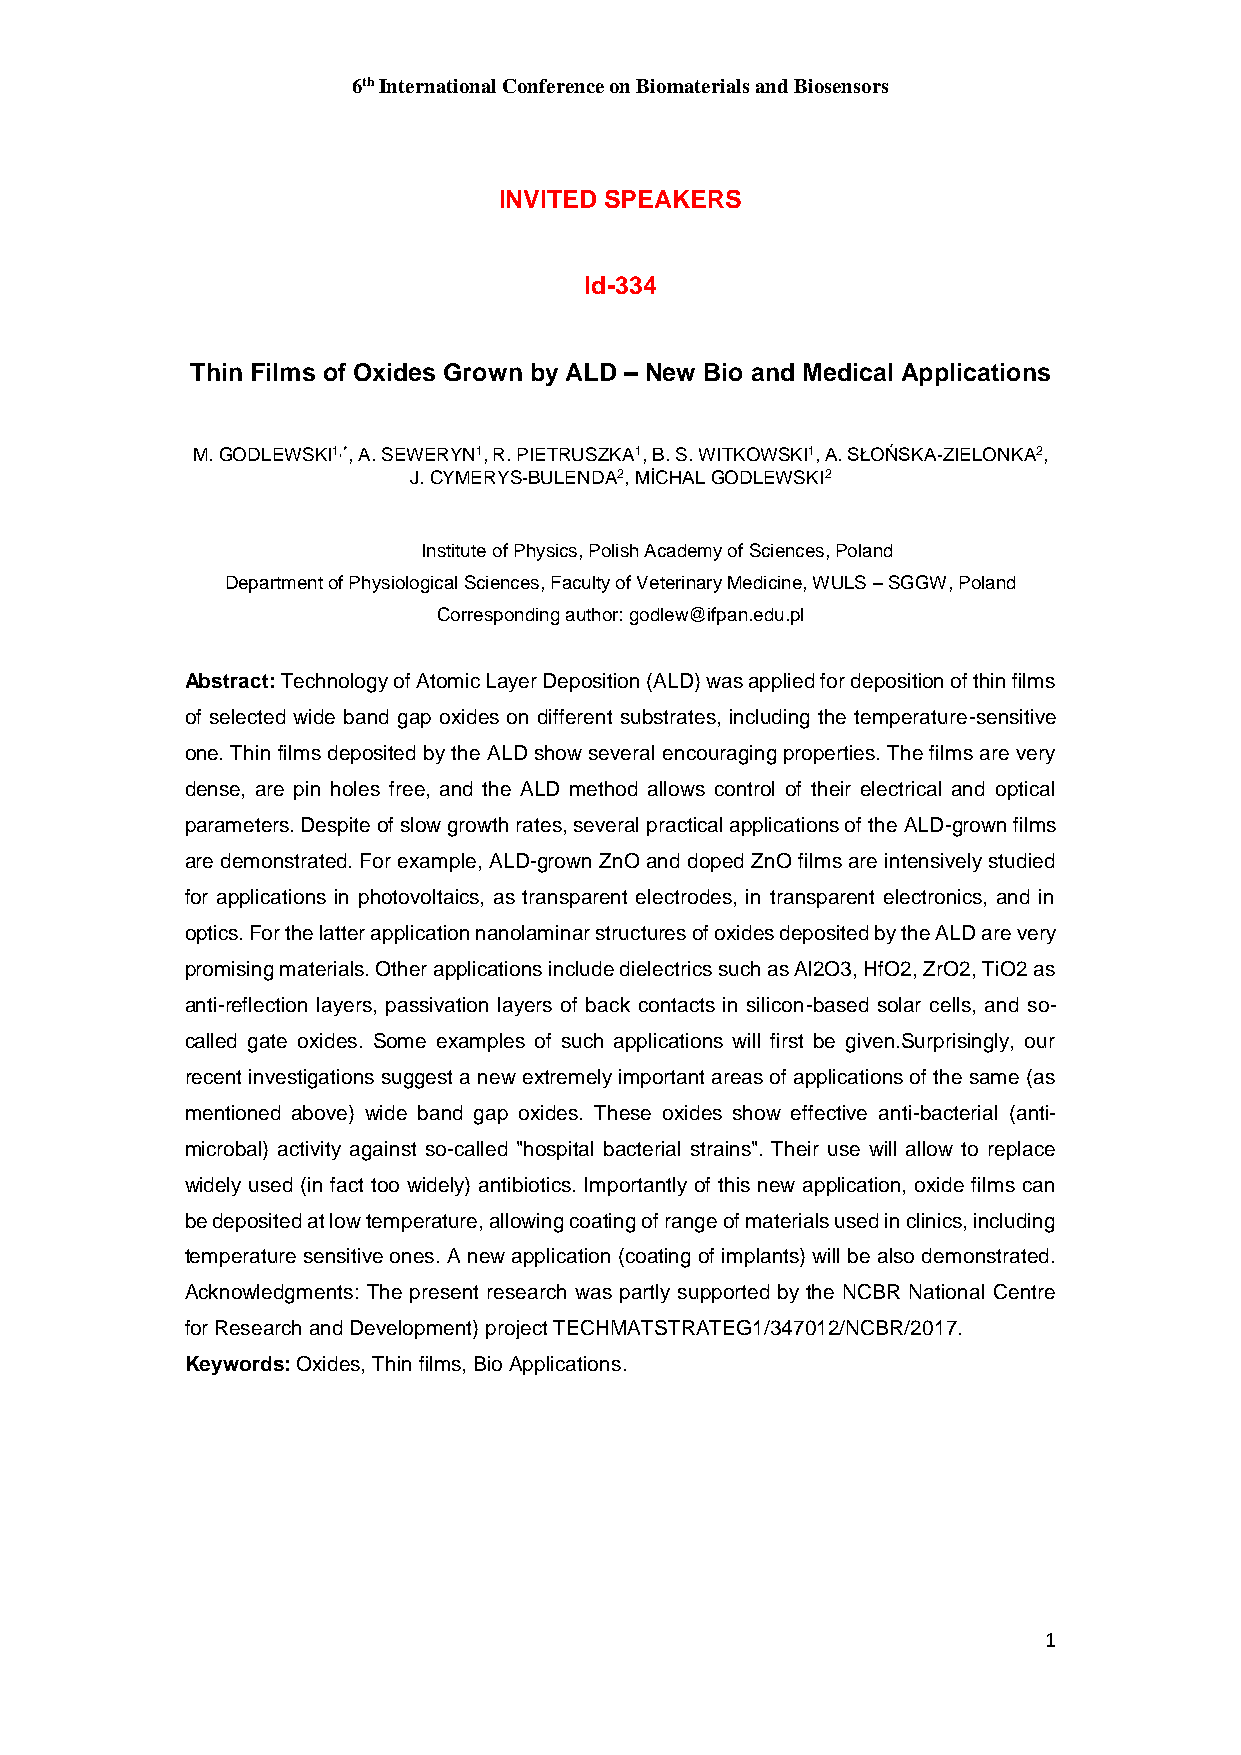
6th International Conference on Biomaterials and Biosensors
 INVITED SPEAKERS
 Id-334
 Thin Films of Oxides Grown by ALD – New Bio and Medical Applications
 M. GODLEWSKI1,*, A. SEWERYN1, R. PIETRUSZKA1, B. S. WITKOWSKI1, A. SŁOŃSKA-ZIELONKA2,
 J. CYMERYS-BULENDA2, MİCHAL GODLEWSKI2
 Institute of Physics, Polish Academy of Sciences, Poland
 Department of Physiological Sciences, Faculty of Veterinary Medicine, WULS – SGGW, Poland
 Corresponding author: godlew@ifpan.edu.pl
 Abstract: Technology of Atomic Layer Deposition (ALD) was applied for deposition of thin films
 of selected wide band gap oxides on different substrates, including the temperature-sensitive
 one. Thin films deposited by the ALD show several encouraging properties. The films are very
 dense, are pin holes free, and the ALD method allows control of their electrical and optical
 parameters. Despite of slow growth rates, several practical applications of the ALD-grown films
 are demonstrated. For example, ALD-grown ZnO and doped ZnO films are intensively studied
 for applications in photovoltaics, as transparent electrodes, in transparent electronics, and in
 optics. For the latter application nanolaminar structures of oxides deposited by the ALD are very
 promising materials. Other applications include dielectrics such as Al2O3, HfO2, ZrO2, TiO2 as
 anti-reflection layers, passivation layers of back contacts in silicon-based solar cells, and so-
 called gate oxides. Some examples of such applications will first be given.Surprisingly, our
 recent investigations suggest a new extremely important areas of applications of the same (as
 mentioned above) wide band gap oxides. These oxides show effective anti-bacterial (anti-
 microbal) activity against so-called "hospital bacterial strains". Their use will allow to replace
 widely used (in fact too widely) antibiotics. Importantly of this new application, oxide films can
 be deposited at low temperature, allowing coating of range of materials used in clinics, including
 temperature sensitive ones. A new application (coating of implants) will be also demonstrated.
 Acknowledgments: The present research was partly supported by the NCBR National Centre
 for Research and Development) project TECHMATSTRATEG1/347012/NCBR/2017.
 Keywords: Oxides, Thin films, Bio Applications.
 1